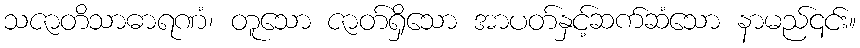
သဇာတိသာဓာရဏံ၊ တူသော ဇာတ်ရှိသော အာပတ်နှင့်ဆက်ဆံသော နာမည်၎င်း။